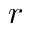
r